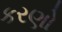
કરણો